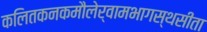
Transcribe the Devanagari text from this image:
कलितकनकमौलेर्वामभागस्थसीता